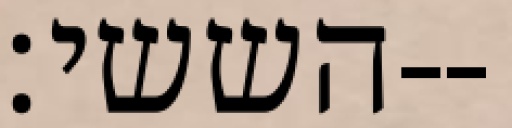
הששי׃--